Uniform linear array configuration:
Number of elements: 16
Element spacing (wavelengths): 0.25
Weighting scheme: exponential
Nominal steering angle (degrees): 60
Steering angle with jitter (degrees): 59.393
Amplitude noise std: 0.05
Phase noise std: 0.05

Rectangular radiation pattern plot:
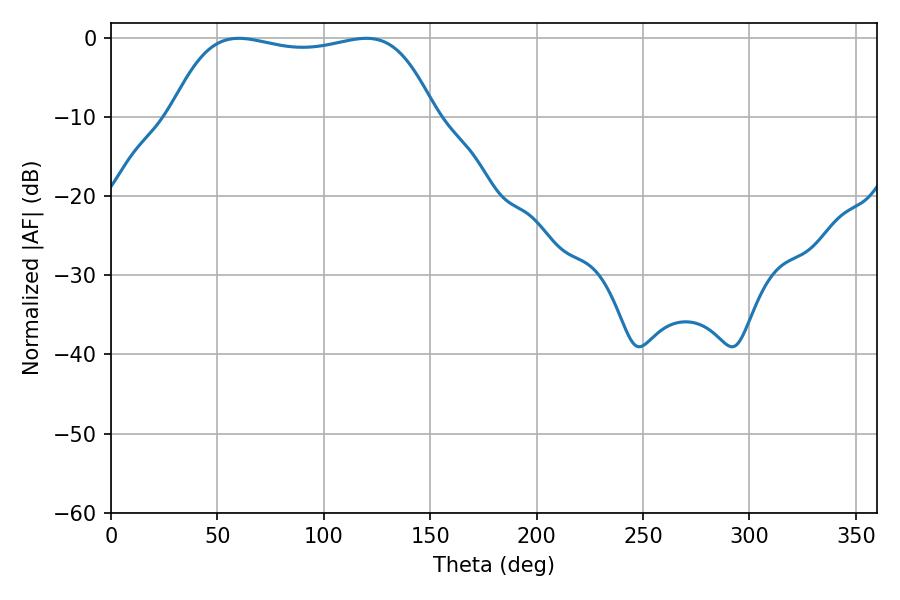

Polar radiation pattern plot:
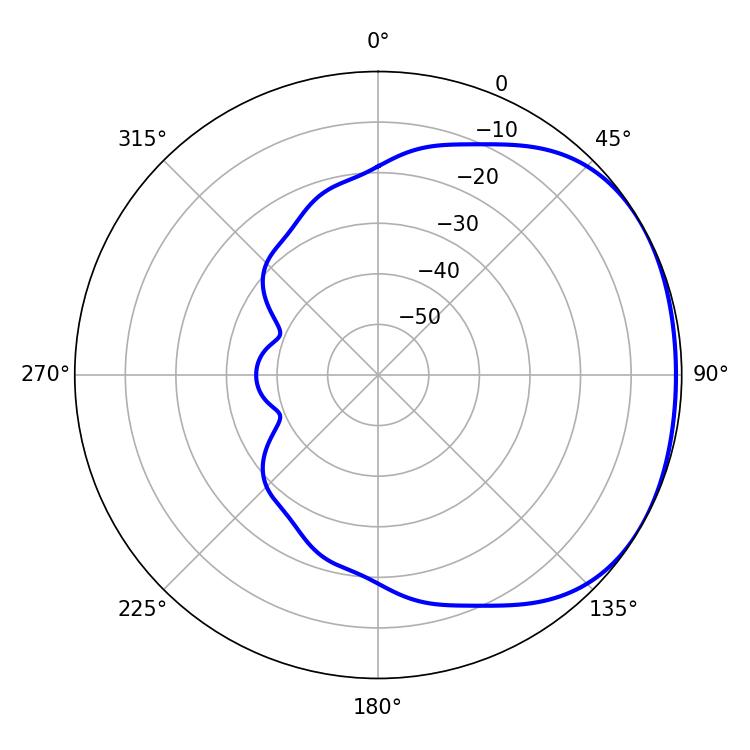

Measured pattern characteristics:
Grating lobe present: FALSE
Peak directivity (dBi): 1.558
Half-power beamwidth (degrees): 99
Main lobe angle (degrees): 60.12